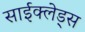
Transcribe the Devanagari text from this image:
साईक्लेड्स